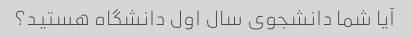
آیا شما دانشجوی سال اول دانشگاه هستید؟